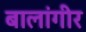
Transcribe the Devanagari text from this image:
बालांगीर